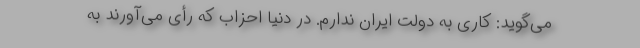
می‌گوید: كاری به دولت ایران ندارم. در دنیا احزاب كه رأی می‌آورند به